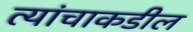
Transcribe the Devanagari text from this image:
त्यांचाकडील